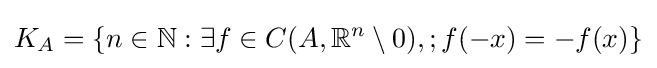
K_{A}=\{n\in \mathbb {N} :\exists f\in C(A,\mathbb {R} ^{n}\setminus {0}),;f(-x)=-f(x)\}